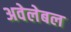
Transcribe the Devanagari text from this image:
अवेलेबल